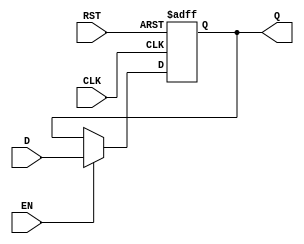
module InputRegister #(
    parameter WIDTH = 8 // Parameter to set the width of the register
)(
    input  wire [WIDTH-1:0] D,      // Data input
    input  wire CLK,                  // Clock input
    input  wire RST,                  // Reset input (active high)
    input  wire EN,                   // Enable input (active high)
    output reg  [WIDTH-1:0] Q         // Data output
);

    // Synchronous reset and data capture on clock edge
    always @(posedge CLK or posedge RST) begin
        if (RST) begin
            Q <= {WIDTH{1'b0}}; // Clear the register on reset
        end else if (EN) begin
            Q <= D; // Capture input data if enabled
        end
    end

endmodule